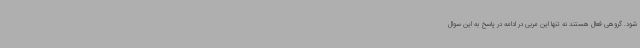
شود. گروهی فعال هستند نه تنها این مربی در ادامه در پاسخ به این سوال